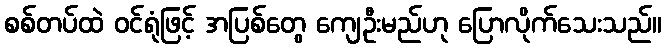
စစ်တပ်ထဲ ဝင်ရုံဖြင့် အပြစ်တွေ ကျေဦးမည်ဟု ပြောလိုက်သေးသည်။